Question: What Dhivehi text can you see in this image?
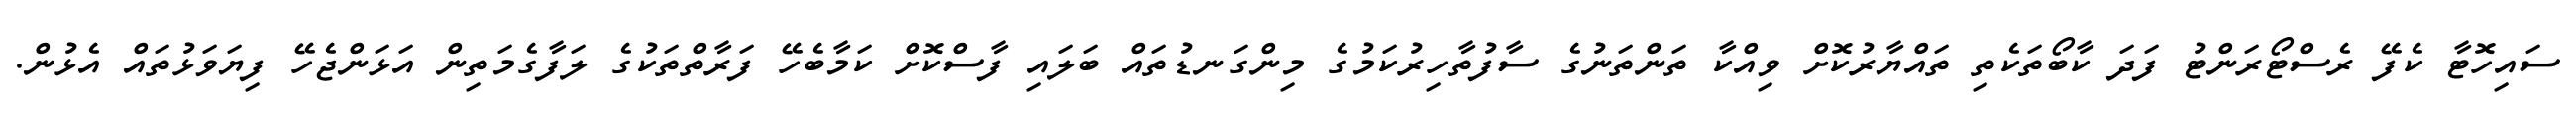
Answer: ސައިހޮޓާ ކެފޭ ރެސްޓޯރަންޓު ފަދަ ކާބޯތަކެތި ތައްޔާރުކޮށް ވިއްކާ ތަންތަނުގެ ސާފުތާހިރުކަމުގެ މިންގަނޑުތައް ބަލައި ފާސްކޮށް ކަމާބެހޭ ފަރާތްތަކުގެ ލަފާގެމަތިން އަޅަންޖެހޭ ފިޔަވަޅުތައް އެޅުން.